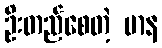
ဦးတည်စေတဲ့ မာန